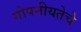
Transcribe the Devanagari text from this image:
गोपनीयतेचे